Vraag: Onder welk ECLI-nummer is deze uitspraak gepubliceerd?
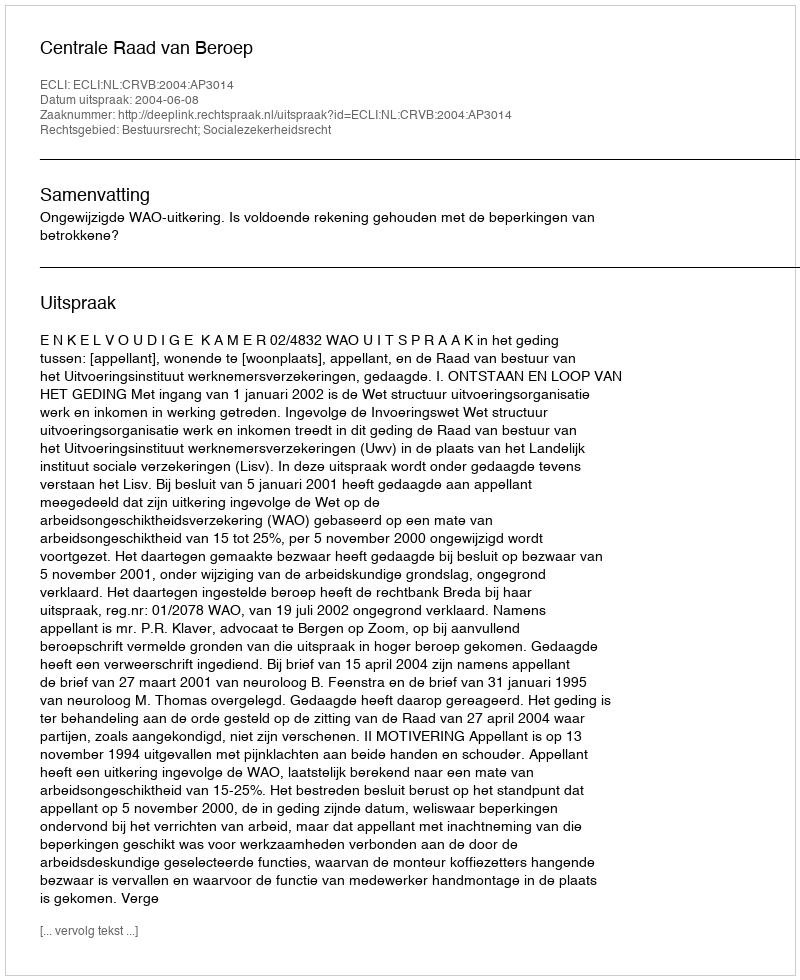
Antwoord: ECLI:NL:CRVB:2004:AP3014